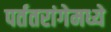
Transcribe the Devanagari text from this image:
पर्ततरांगेमध्ये